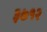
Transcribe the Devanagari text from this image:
३७१२